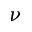
\nu